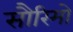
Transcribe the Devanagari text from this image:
सौरिमो